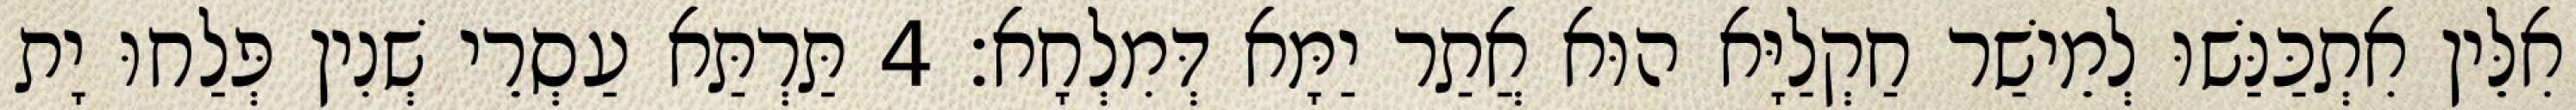
אִלֵּין אִתְכַּנַּשׁוּ לְמֵישַׁר חַקְלַיָּא הוּא אֲתַר יַמָּא דְּמִלְחָא׃ 4 תַּרְתַּא עַסְרֵי שְׁנִין פְּלַחוּ יָת